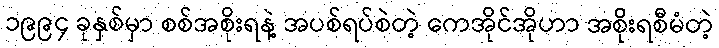
၁၉၉၄ ခုနှစ်မှာ စစ်အစိုးရနဲ့ အပစ်ရပ်စဲတဲ့ ကေအိုင်အိုဟာ အစိုးရစီမံတဲ့